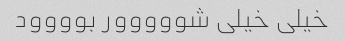
خیلی خیلی شووووور بوووود